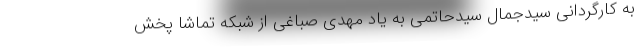
به کارگردانی سیدجمال سیدحاتمی به یاد مهدی صباغی از شبکه تماشا پخش